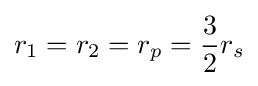
r_{1}=r_{2}=r_{p}={\frac {3}{2}}r_{s}